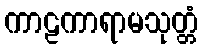
ကာဠကာရာမသုတ္တံ